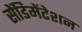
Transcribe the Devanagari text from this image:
सेंडिमेंटेशन